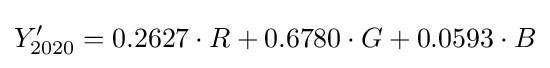
Y'_{\text{2020}}=0.2627\cdot R+0.6780\cdot G+0.0593\cdot B